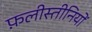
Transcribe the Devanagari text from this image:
फ़लीस्तीनियों